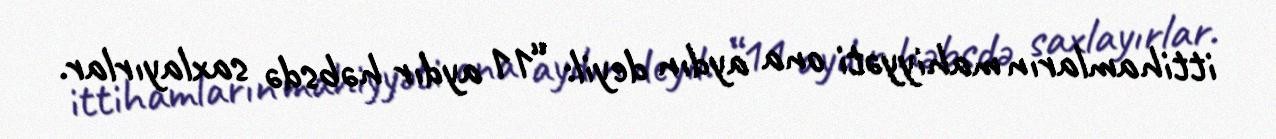
ittihamların mahiyyəti ona aydın deyil: “11 aydır həbsdə saxlayırlar.